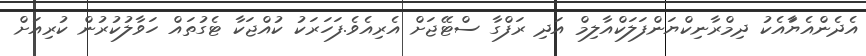
އެދެންއެޔަާއެކު ދިމްރާނިކްޔަންފަލަކްއާލިމް އަދި ރަފްގާ ސްޓޭޖަށް އެރިއެވެ.ފަހަރަކު ކުއްޖަކާ ޓެގުތައް ހަވާލުކުރުން ކުރިއަށް